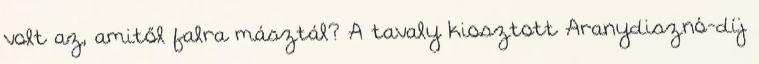
volt az, amitől falra másztál? A tavaly kiosztott Aranydisznó-díj